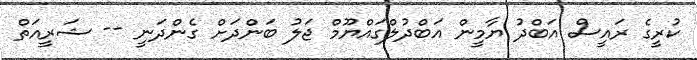
ކުރީގެ ރައީސް އަބްދު ޔާމީން އަބްދުލްގައްޔޫމް ޖަލު ބަންދަށް ގެންދަނީ -- ޝަރީއަތް